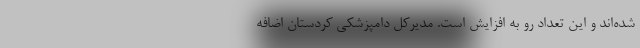
شده‌اند و این تعداد رو به افزایش است. مدیرکل دامپزشکی کردستان اضافه